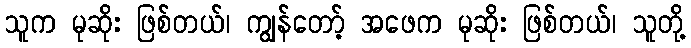
သူက မုဆိုး ဖြစ်တယ်၊ ကျွန်တော့် အဖေက မုဆိုး ဖြစ်တယ်၊ သူတို့